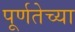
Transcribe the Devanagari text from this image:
पूर्णतेच्या